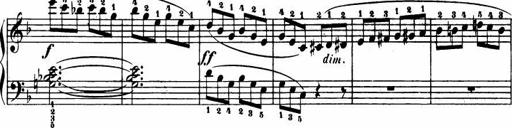
Title: Le bouquetier
Composer: Anton Diabelli
Key: G major
 C major
 F major
 C major